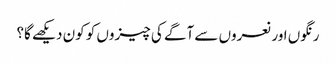
رنگوں اور نعروں سے آگے کی چیزوں کو کون دیکھے گا؟